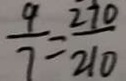
\frac { 9 } { 7 } = \frac { 2 7 0 } { 2 1 0 }